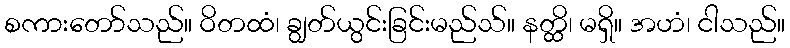
စကားတော်သည်။ ဝိတထံ၊ ချွတ်ယွင်းခြင်းမည်သ်။ နတ္ထိ၊ မရှိ။ အဟံ၊ ငါသည်။